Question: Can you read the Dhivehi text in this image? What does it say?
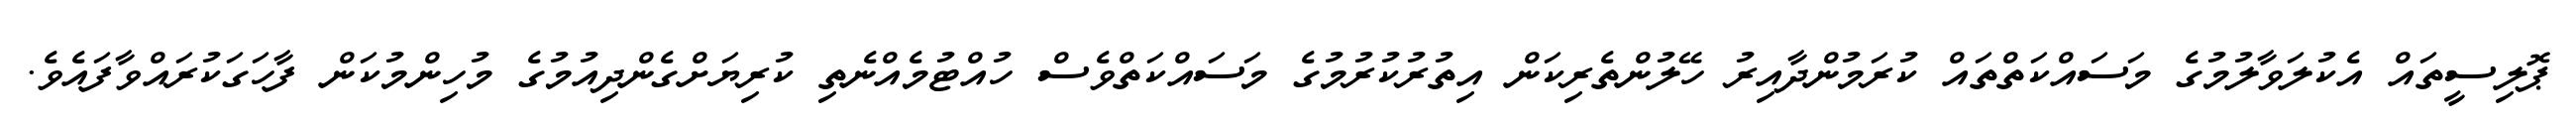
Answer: ޕޮލިސީތައް އެކުލަވާލުމުގެ މަސައްކަތްތައް ކުރަމުންދާއިރު ހޭލުންތެރިކަން އިތުރުކުރުމުގެ މަސައްކަތްވެސް ހުއްޓުމެއްނެތި ކުރިޔަށްގެންދިއުމުގެ މުހިންމުކަން ފާހަގަކުރައްވާފައެވެ.